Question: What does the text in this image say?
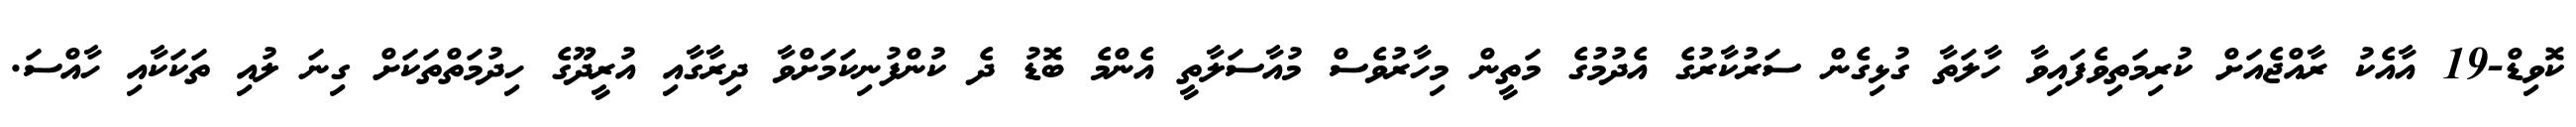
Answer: ކޮވިޑް-19 އާއެކު ރާއްޖެއަށް ކުރިމަތިވެފައިވާ ހާލަތާ ގުޅިގެން ސަރުކާރުގެ އެދުމުގެ މަތީން މިހާރުވެސް މުއާސަލާތީ އެންމެ ބޮޑު ދެ ކުންފުނިކަމަށްވާ ދިރާގާއި އުރީދޫގެ ހިދުމަތްތަކަށް ގިނަ ލުއި ތަކަކާއި ހާއްސަ.